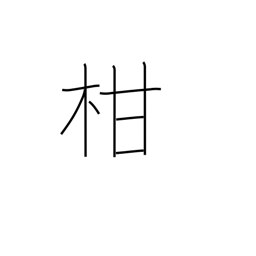
Meaning: citrus